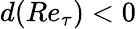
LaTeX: d(Re_{\tau})<0